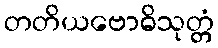
တတိယဗောဓိသုတ္တံ